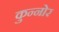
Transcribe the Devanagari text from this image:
कुन्नोर